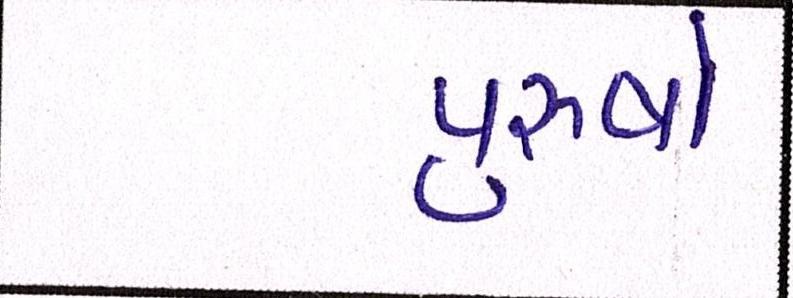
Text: પુરૂષો